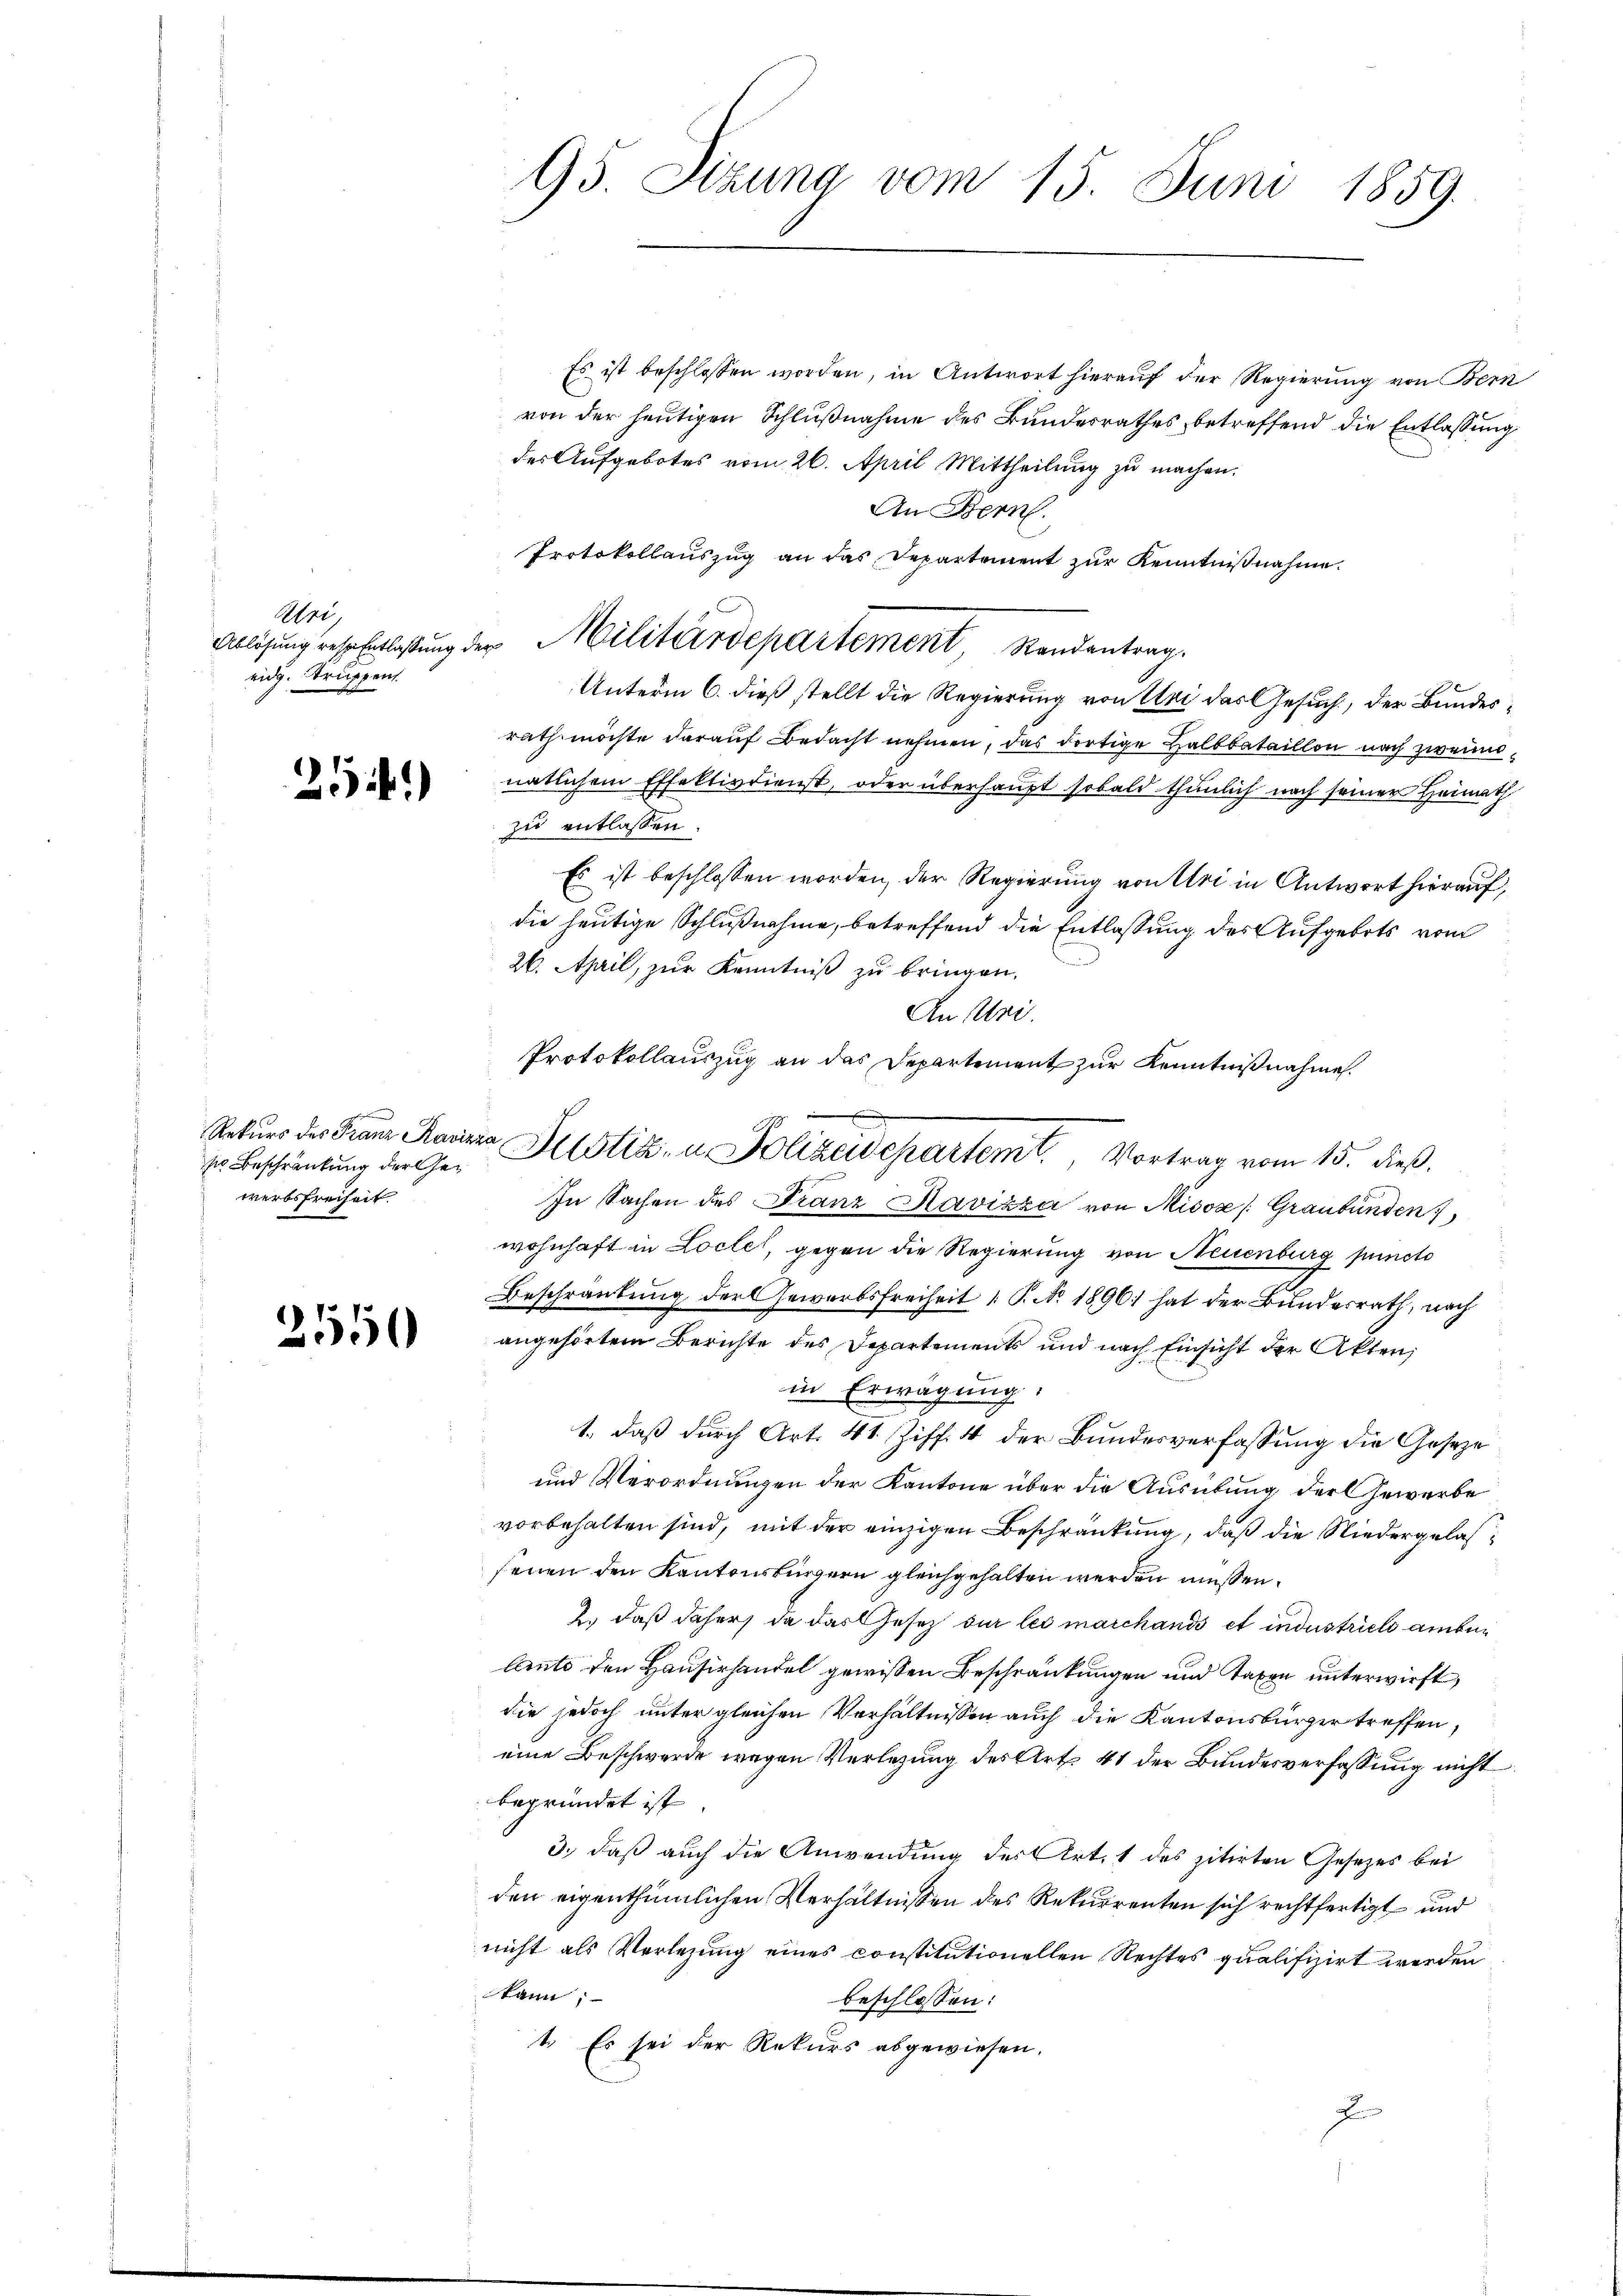
Abei
eidg. Truppen

25.)

se Beschränkung der Gewerbsfreiheit.

2550

Es ist beschlossen worden, in Antwort hierauf der Regierung von Bern
von der heutigen Schlußnahme des Bundesrathes betreffend die Entlassung
des Aufgebotes vom 26. April Mittheilung zu machen.
An Bern.
Protokollauszug an das Departement zur Kenntnißnahme.
Unterm 6. dieß stellt die Regierung von Sei das Gesuch, der Bundesrath möchte darauf Bedacht nehmen, das dortige Halbbataillon nach zweinatlichem Effektivdienst, oder überhaupt sobald thunlich nach seiner Heimath
zu entlassen.
Es ist beschlossen worden, der Regierung von Uri in Antwort hierauf,
die heutige Schlußnahme, betreffend die Entlassung des Aufgebots vom
26. April, zur Kenntniß zu bringen.
An Uri.
Protokollauszug an das Departement zur Kenntnißnahme.
In Sachen des Franz Ravizza von Misox /: Graubünden
wohnhaft in Locles, gegen die Regierung von Neuenburg puncto
Beschränkung der Gewerbsfreiheit 1 P. No. 1896 hat der Bundesrath, nach
angehörtem Berichte des Departements und nach Einsicht der Akten,
in Erwägung:
1. daß durch Art. 41. Ziff. 4 der Bundesverfassung die Geseze
und Verordnungen der Kantone über die Ausübung der Gewerbe
vorbehalten sind, mit der einzigen Beschränkung, daß die Niedergelassenen den Kantonsbürgern gleichgehalten werden müssen.
2., daß daher, da das Gesetz sur les marchands et industrieli amben
lante den Hausirhandel gewissen Beschränkungen und Taxen unterwirft,
die jedoch unter gleichen Verhältnissen auch die Kantonsbürger treffen,
eine Beschwerde wegen Verlegung des Art. 41 der Bundesverfassung nicht
begründet ist
3.) daß auch die Anwendung der Art. 1 des zitirten Gesetzes bei
den eigenthümlichen Verhältnissen des Rekurrenten sich rechtfertigt und
nicht als Vorlegung eines constitutionellen Rechtes qualifizirt werden
kann;
beschlossen:
1. Es sei der Rekurs abgewiesen.
J

95. Sizung vom 15. Juni 1859.

Ablösung resentlaßung der Militärdepartement, Randantrag.

n
Rekŭrs des Franz Ravizza Mitstiz, u. Polizeidepartemt. Vortrag vom 15. dieß,